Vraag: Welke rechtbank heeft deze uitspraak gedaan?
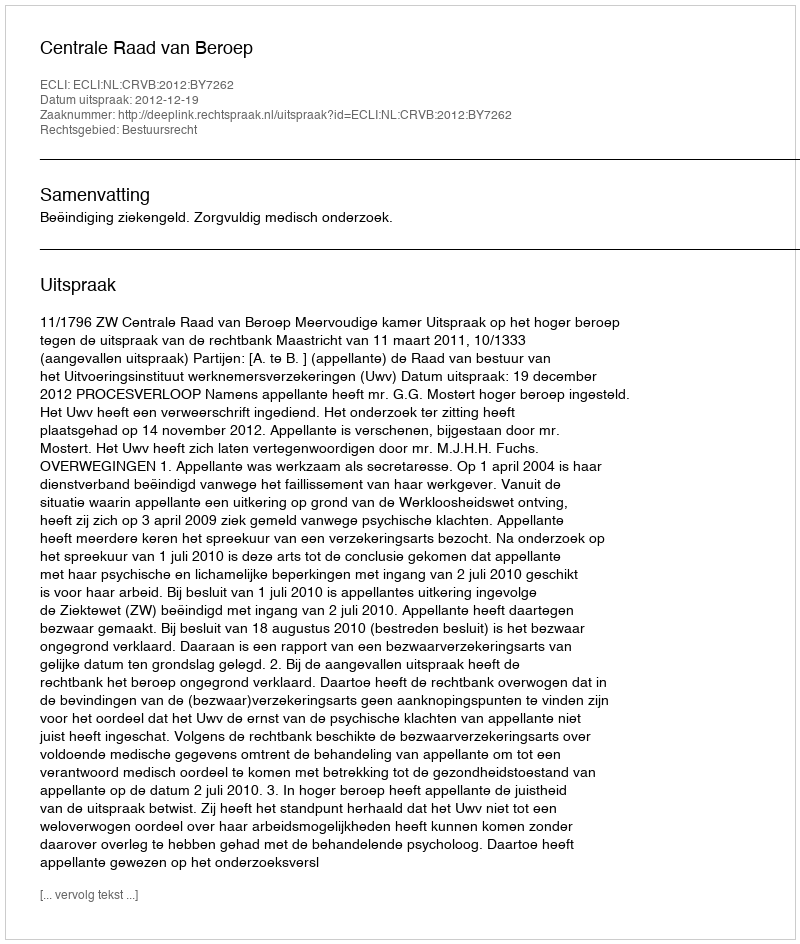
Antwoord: Centrale Raad van Beroep